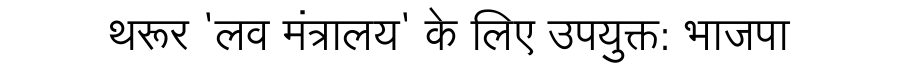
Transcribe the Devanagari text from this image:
थरूर 'लव मंत्रालय' के लिए उपयुक्त: भाजपा